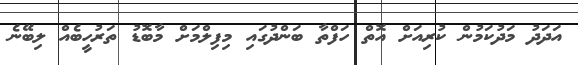
އަދަދު މަދުކަމުން ކުރިއަށް އޮތް ހަފްތާ ބަންދުގައި މިފިލްމަށް މާބޮޑު ތަރުހީބެއް ލިބޭނެ